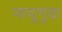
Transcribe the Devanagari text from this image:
जादूगुड़ा